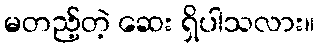
မတည့်တဲ့ ဆေး ရှိပါသလား။